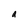
Character: a